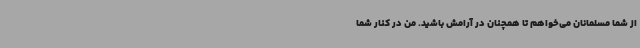
از شما مسلمانان می‌خواهم تا همچنان در آرامش باشید. من در کنار شما